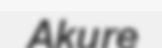
Akure